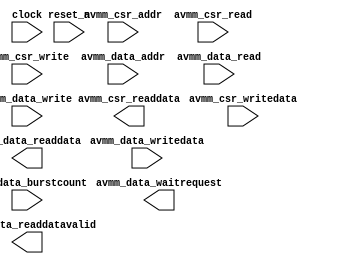

module flash (
	clock,
	avmm_csr_addr,
	avmm_csr_read,
	avmm_csr_writedata,
	avmm_csr_write,
	avmm_csr_readdata,
	avmm_data_addr,
	avmm_data_read,
	avmm_data_writedata,
	avmm_data_write,
	avmm_data_readdata,
	avmm_data_waitrequest,
	avmm_data_readdatavalid,
	avmm_data_burstcount,
	reset_n);	

	input		clock;
	input		avmm_csr_addr;
	input		avmm_csr_read;
	input	[31:0]	avmm_csr_writedata;
	input		avmm_csr_write;
	output	[31:0]	avmm_csr_readdata;
	input	[12:0]	avmm_data_addr;
	input		avmm_data_read;
	input	[31:0]	avmm_data_writedata;
	input		avmm_data_write;
	output	[31:0]	avmm_data_readdata;
	output		avmm_data_waitrequest;
	output		avmm_data_readdatavalid;
	input	[1:0]	avmm_data_burstcount;
	input		reset_n;
endmodule